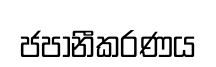
ජපානීකරණය